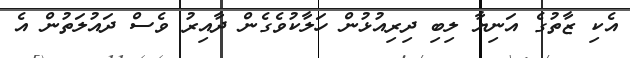
އެކި ޒާތުގެ އަނިޔާ ލިބި ދިރިއުޅުން ހަލާކުވެގެން ދާއިރު ވެސް ދައުލަތުން އެ